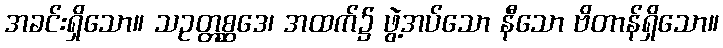
အခင်းရှိသော။ သဥတ္တစ္ဆဒေ၊ အထက်၌ ဖွဲ့အပ်သော နီသော ဗိတာန်ရှိသော။